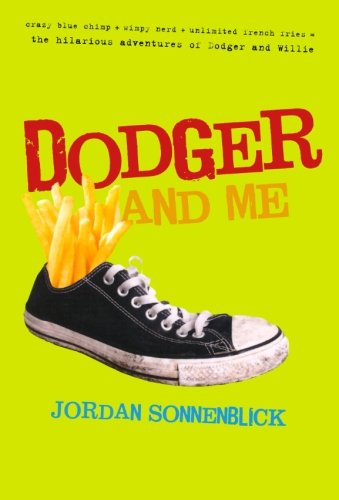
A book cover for Dodger and Me; Jordan Sonnenblick; Humor & Entertainment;